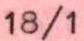
18/1